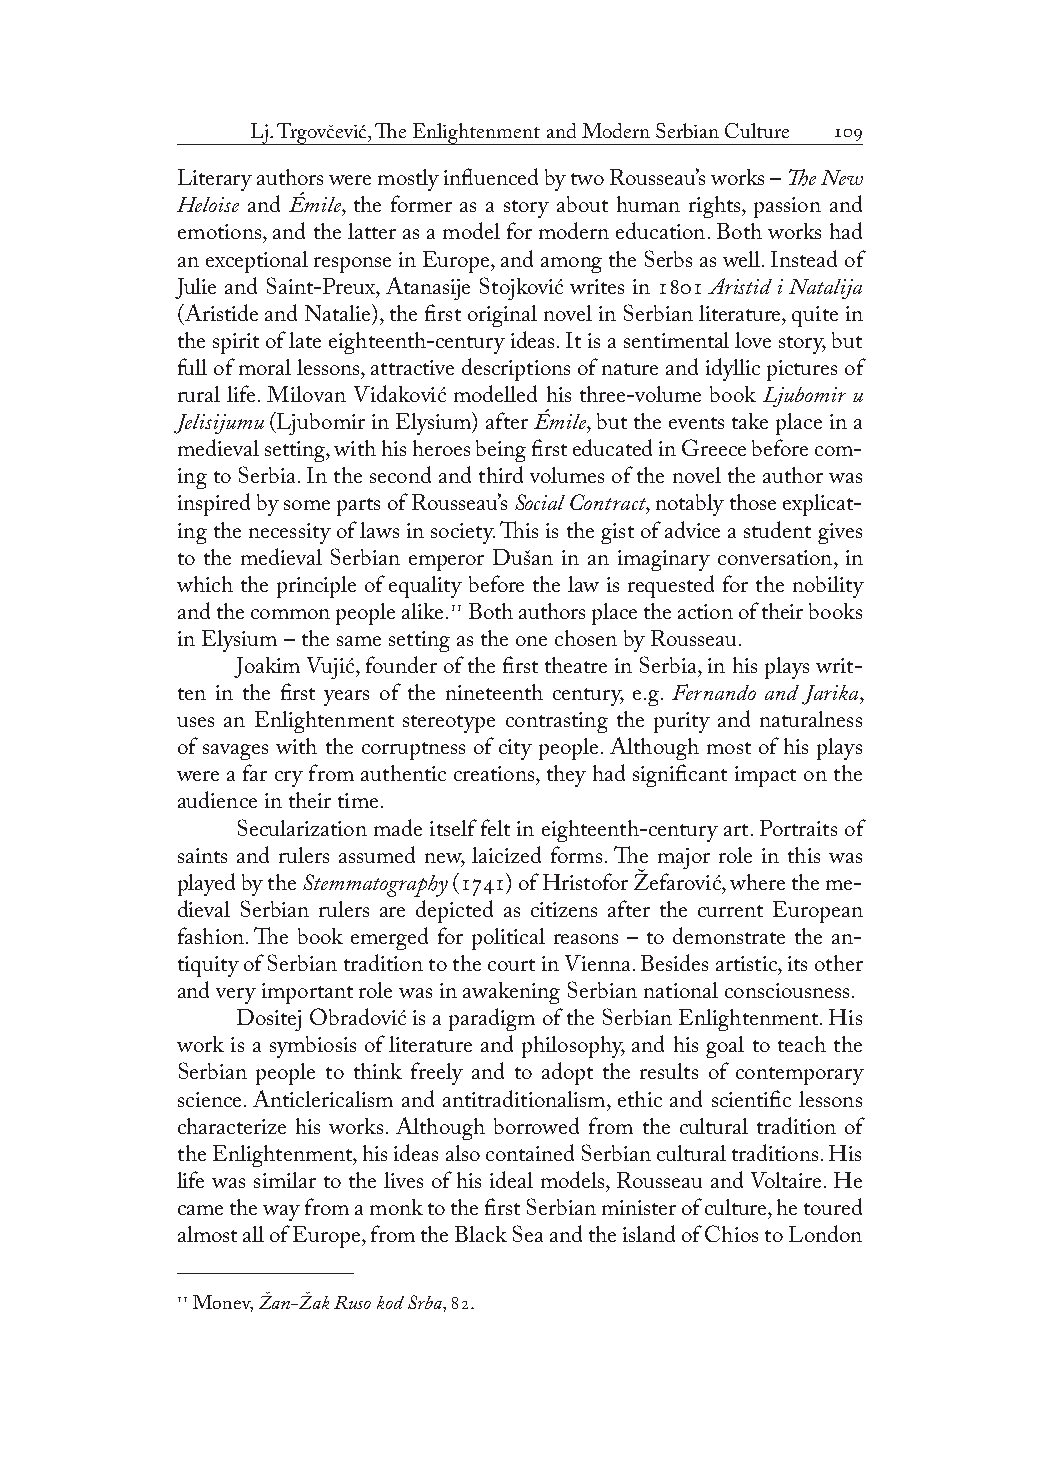
Lj. Trgovčević, The Enlightenment and Modern Serbian Culture 
 Literary authors were mostly influenced by two Rousseau’s works – The New
 Heloise and Émile, the former as a story about human rights, passion and
 emotions, and the latter as a model for modern education. Both works had
 an exceptional response in Europe, and among the Serbs as well. Instead of
 Julie and Saint-Preux, Atanasije Stojković writes in  Aristid i Natalija
 (Aristide and Natalie), the first original novel in Serbian literature, quite in
 the spirit of late eighteenth-century ideas. It is a sentimental love story, but
 full of moral lessons, attractive descriptions of nature and idyllic pictures of
 rural life. Milovan Vidaković modelled his three-volume book Ljubomir u
 Jelisijumu (Ljubomir in Elysium) after Émile, but the events take place in a
 medieval setting, with his heroes being first educated in Greece before com-
 ing to Serbia. In the second and third volumes of the novel the author was
 inspired by some parts of Rousseau’s Social Contract, notably those explicat-
 ing the necessity of laws in society. This is the gist of advice a student gives
 to the medieval Serbian emperor Dušan in an imaginary conversation, in
 which the principle of equality before the law is requested for the nobility
 and the common people alike. Both authors place the action of their books
 in Elysium – the same setting as the one chosen by Rousseau.
 Joakim Vujić, founder of the first theatre in Serbia, in his plays writ-
 ten in the first years of the nineteenth century, e.g. Fernando and Jarika,
 uses an Enlightenment stereotype contrasting the purity and naturalness
 of savages with the corruptness of city people. Although most of his plays
 were a far cry from authentic creations, they had significant impact on the
 audience in their time.
 Secularization made itself felt in eighteenth-century art. Portraits of
 saints and rulers assumed new, laicized forms. The major role in this was
 played by the Stemmatography () of Hristofor Žefarović, where the me-
 dieval Serbian rulers are depicted as citizens after the current European
 fashion. The book emerged for political reasons – to demonstrate the an-
 tiquity of Serbian tradition to the court in Vienna. Besides artistic, its other
 and very important role was in awakening Serbian national consciousness.
 Dositej Obradović is a paradigm of the Serbian Enlightenment. His
 work is a symbiosis of literature and philosophy, and his goal to teach the
 Serbian people to think freely and to adopt the results of contemporary
 science. Anticlericalism and antitraditionalism, ethic and scientific lessons
 characterize his works. Although borrowed from the cultural tradition of
 the Enlightenment, his ideas also contained Serbian cultural traditions. His
 life was similar to the lives of his ideal models, Rousseau and Voltaire. He
 came the way from a monk to the first Serbian minister of culture, he toured
 almost all of Europe, from the Black Sea and the island of Chios to London
  Monev, Žan-Žak Ruso kod Srba, .